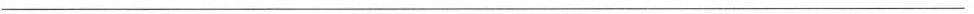
___